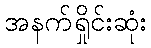
အနက်ရှိုင်းဆုံး